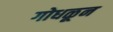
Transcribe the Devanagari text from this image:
गोधळून